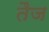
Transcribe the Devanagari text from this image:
तैज